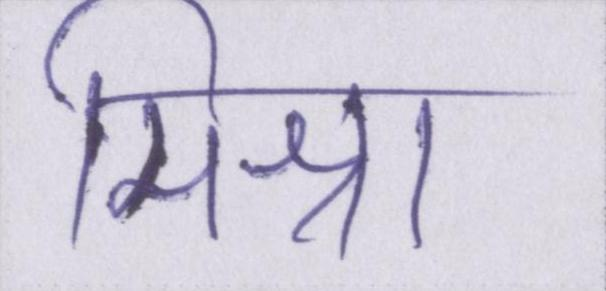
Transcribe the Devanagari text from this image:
मिश्रा